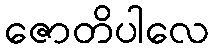
ဇောတိပါလေ